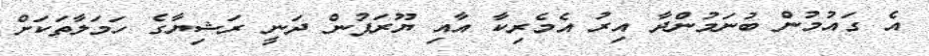
އެ ގައުމުން ބުނަމުންދާ އިރު އެމެރިކާ އާއި ޔޫރަޕުން ދަނީ ރަޝިޔާގެ ހަމަލާތަކަށް